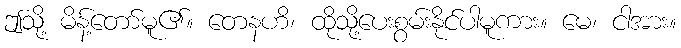
ဤသို့ မိန့်တော်မူ၏။ တေနဟိ၊ ထိုသို့ပေးစွမ်းနိုင်ပါမူကား။ မေ၊ ငါအား။